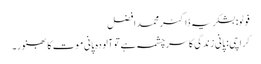
فوٹو: بشکریہ ڈاکٹر محمد افضل
کراچی: پانی زندگی کا سرچشمہ ہے تو آلودہ پانی موت کا بھنور۔